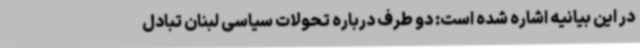
در این بیانیه اشاره شده است: دو طرف درباره تحولات سیاسی لبنان تبادل